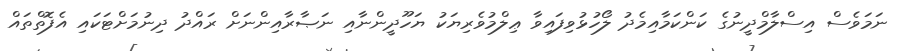
ނަމަވެސް އިސްލާމްދީނުގެ ކަންކަމާއިމެދު ލޯހުޅުވިފައިވާ ޢިލްމުވެރިޔަކު ޔަހޫދީންނާއި ނަޞާރާއިންނަށް ރައްދު ދިނުމަށްޓަކައި އެފޮތްތައް